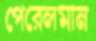
পেরেলমান